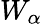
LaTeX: W_{\alpha}